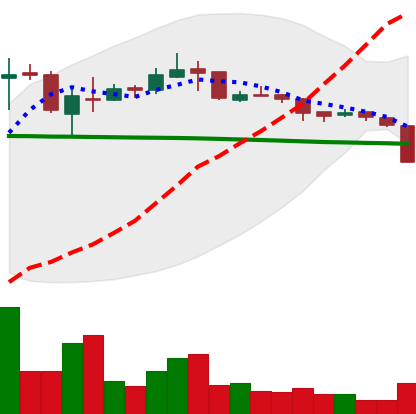
Ticker: XRP-USD
Chart end date: 2018-10-11
Forward return: 22.74%
Label: up_7plus